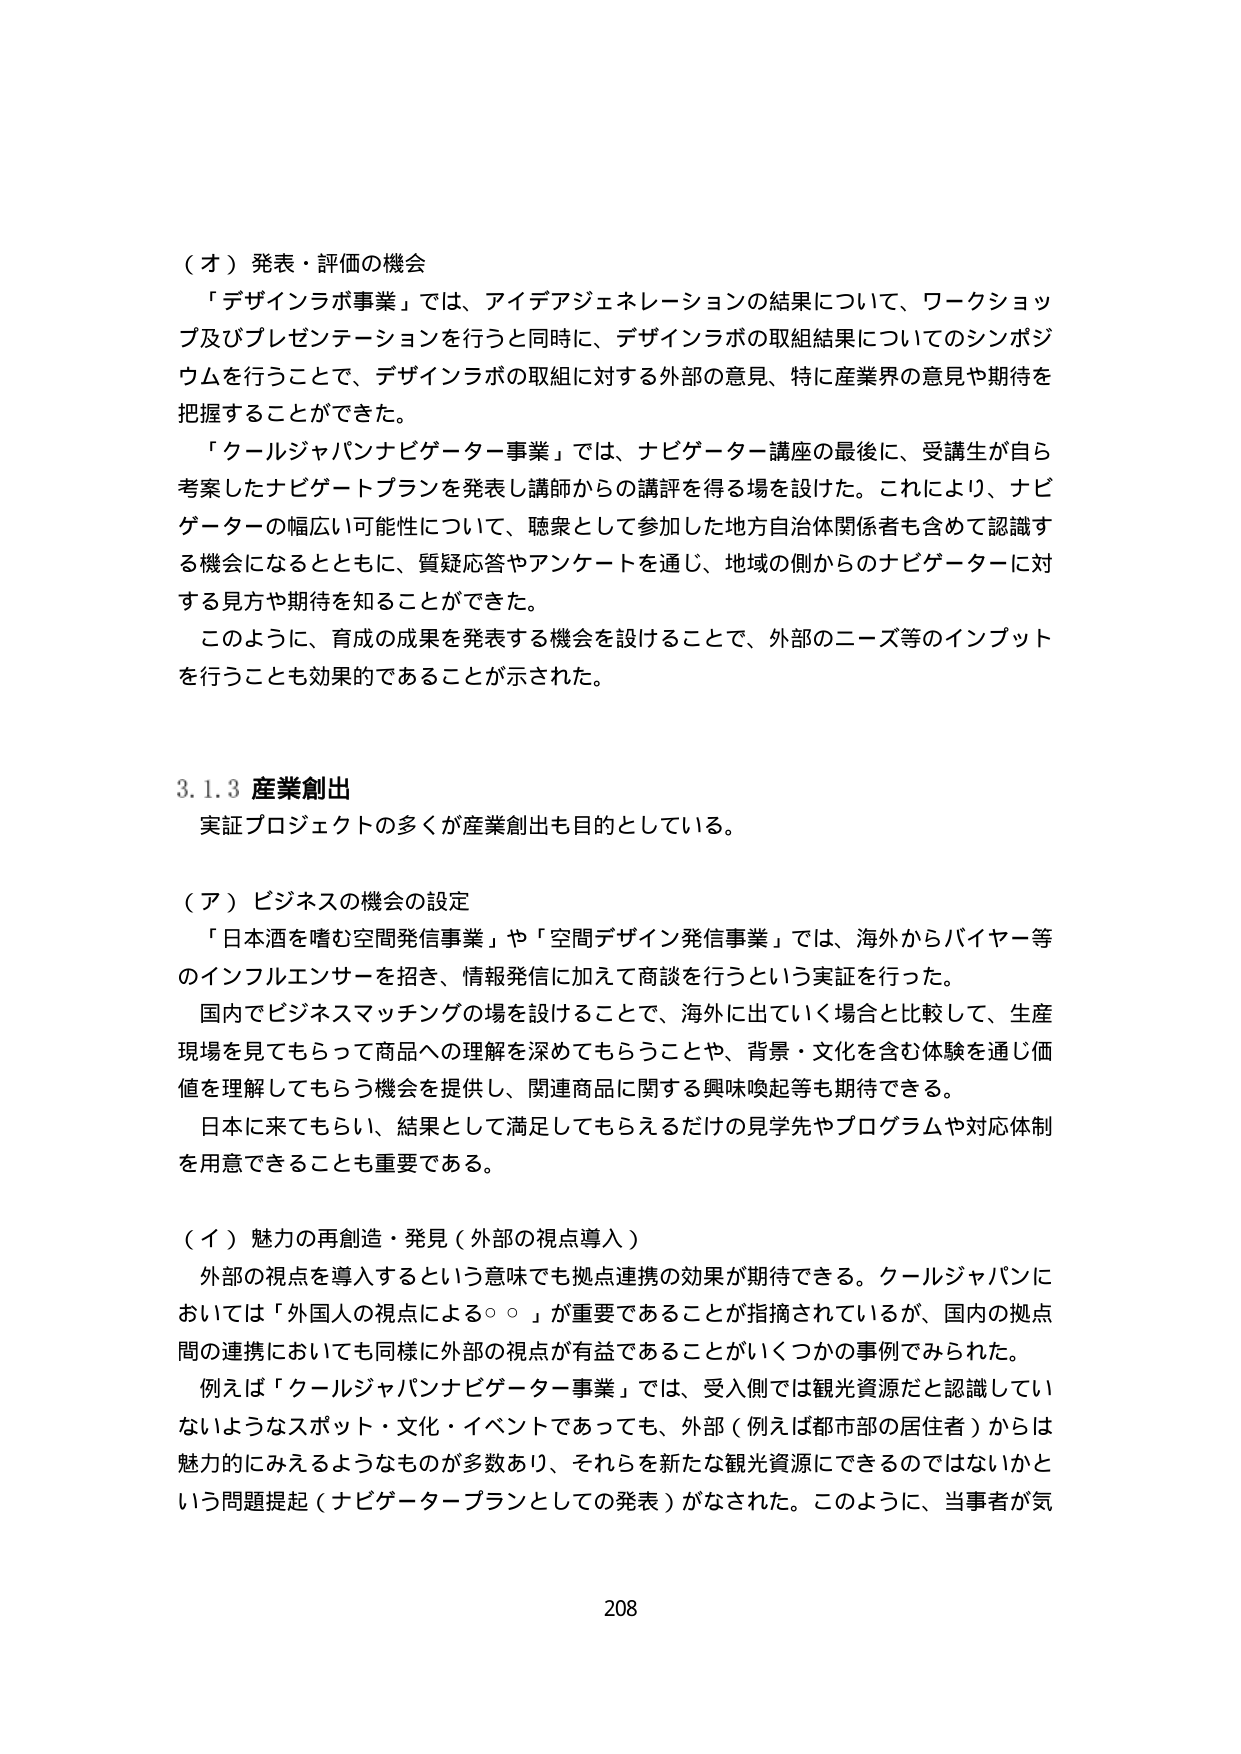
（オ）発表・評価の機会
「デザインラボ事業」では、アイデアジェネレーションの結果について、ワークショップ及びプレゼンテーションを行うと同時に、デザインラボの取組結果についてのシンポジウムを行うことで、デザインラボの取組に対する外部の意見、特に産業界の意見や期待を把握することができた。
「クールジャパンナビゲーター事業」では、ナビゲーター講座の最後に、受講生が自ら考案したナビゲートプランを発表し講師からの講評を得る場を設けた。これにより、ナビゲーターの幅広い可能性について、聴衆として参加した地方自治体関係者も含めて認識する機会になるとともに、質疑応答やアンケートを通じ、地域の側からのナビゲーターに対する見方や期待を知ることができた。
このように、育成の成果を発表する機会を設けることで、外部のニーズ等のインプットを行うことも効果的であることが示された。

3.1.3 産業創出
実証プロジェクトの多くが産業創出も目的としている。

（ア）ビジネスの機会の設定
「日本酒を嗜む空間発信事業」や「空間デザイン発信事業」では、海外からバイヤー等のインフルエンサーを招き、情報発信に加えて商談を行うという実証を行った。
国内でビジネスマッチングの場を設けることで、海外に出ていく場合と比較して、生産現場を見てもらって商品への理解を深めてもらうことや、背景・文化を含む体験を通じ価値を理解してもらう機会を提供し、関連商品に関する興味喚起等も期待できる。
日本に来てもらい、結果として満足してもらえるだけの見学先やプログラムや対応体制を用意できることも重要である。

（イ）魅力の再創造・発見（外部の視点導入）
外部の視点を導入するという意味でも拠点連携の効果が期待できる。クールジャパンにおいては「外国人の視点による○○」が重要であることが指摘されているが、国内の拠点間の連携においても同様に外部の視点が有益であることがいくつかの事例でみられた。
例えば「クールジャパンナビゲーター事業」では、受入側では観光資源だと認識していないようなスポット・文化・イベントであっても、外部（例えば都市部の居住者）からは魅力的にみえるようなものが多数あり、それらを新たな観光資源にできるのではないかという問題提起（ナビゲータープランとしての発表）がなされた。このように、当事者が気

208